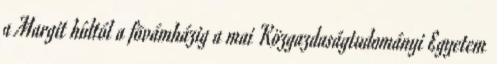
a Margit hídtól a fõvámházig a mai Közgazdaságtudományi Egyetem